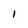
Character: 1